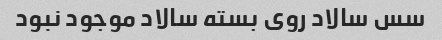
سس سالاد روی بسته سالاد موجود نبود